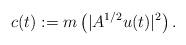
LaTeX: \begin{align*}c(t):=m\left(|A^{1/2}u(t)|^{2}\right).\end{align*}